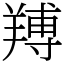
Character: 䍸